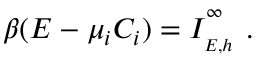
\beta ( E - \mu _ { i } C _ { i } ) = I _ { \phantom { } _ { E , h } } ^ { \phantom { } ^ { \infty } } \ .